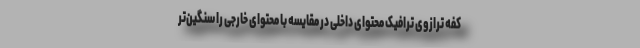
کفه ترازوی ترافیک محتوای داخلی در مقایسه با محتوای خارجی را سنگین‌تر